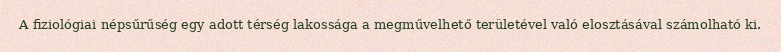
A fiziológiai népsűrűség egy adott térség lakossága a megművelhető területével való elosztásával számolható ki.